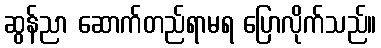
ဆွန်ညာ ဆောက်တည်ရာမရ ပြောလိုက်သည်။